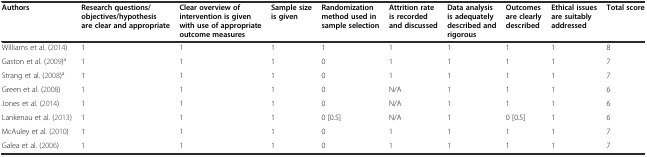
<table><thead><tr><td><b>Authors</b></td><td><b>Research questions/objectives/hypothesis are clear and appropriate</b></td><td><b>Clear overview of intervention is given with use of appropriate outcome measures</b></td><td><b>Sample size is given</b></td><td><b>Randomization method used in sample selection</b></td><td><b>Attrition rate is recorded and discussed</b></td><td><b>Data analysis is adequately described and rigorous</b></td><td><b>Outcomes are clearly described</b></td><td><b>Ethical issues are suitably addressed</b></td><td><b>Total score</b></td></tr></thead><tbody><tr><td>Williams et al. (2014)</td><td>1</td><td>1</td><td>1</td><td>1</td><td>1</td><td>1</td><td>1</td><td>1</td><td>8</td></tr><tr><td>Gaston et al. (2009)<sup>a</sup></td><td>1</td><td>1</td><td>1</td><td>0</td><td>1</td><td>1</td><td>1</td><td>1</td><td>7</td></tr><tr><td>Strang et al. (2008)<sup>a</sup></td><td>1</td><td>1</td><td>1</td><td>0</td><td>1</td><td>1</td><td>1</td><td>1</td><td>7</td></tr><tr><td>Green et al. (2008)</td><td>1</td><td>1</td><td>1</td><td>0</td><td>N/A</td><td>1</td><td>1</td><td>1</td><td>6</td></tr><tr><td>Jones et al. (2014)</td><td>1</td><td>1</td><td>1</td><td>0</td><td>N/A</td><td>1</td><td>1</td><td>1</td><td>6</td></tr><tr><td>Lankenau et al. (2013)</td><td>1</td><td>1</td><td>1</td><td>0 [0.5]</td><td>N/A</td><td>1</td><td>0 [0.5]</td><td>1</td><td>6</td></tr><tr><td>McAuley et al. (2010)</td><td>1</td><td>1</td><td>1</td><td>0</td><td>1</td><td>1</td><td>1</td><td>1</td><td>7</td></tr><tr><td>Galea et al. (2006)</td><td>1</td><td>1</td><td>1</td><td>0</td><td>1</td><td>1</td><td>1</td><td>1</td><td>7</td></tr></tbody></table>